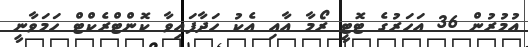
އުމުރުން 36 އަހަރުގެ ޓޮޓީ ރޯމާ އާއި އެކު ހަދާފައިވާ ކޮންޓްރެކްޓް ހަމަވާނީ